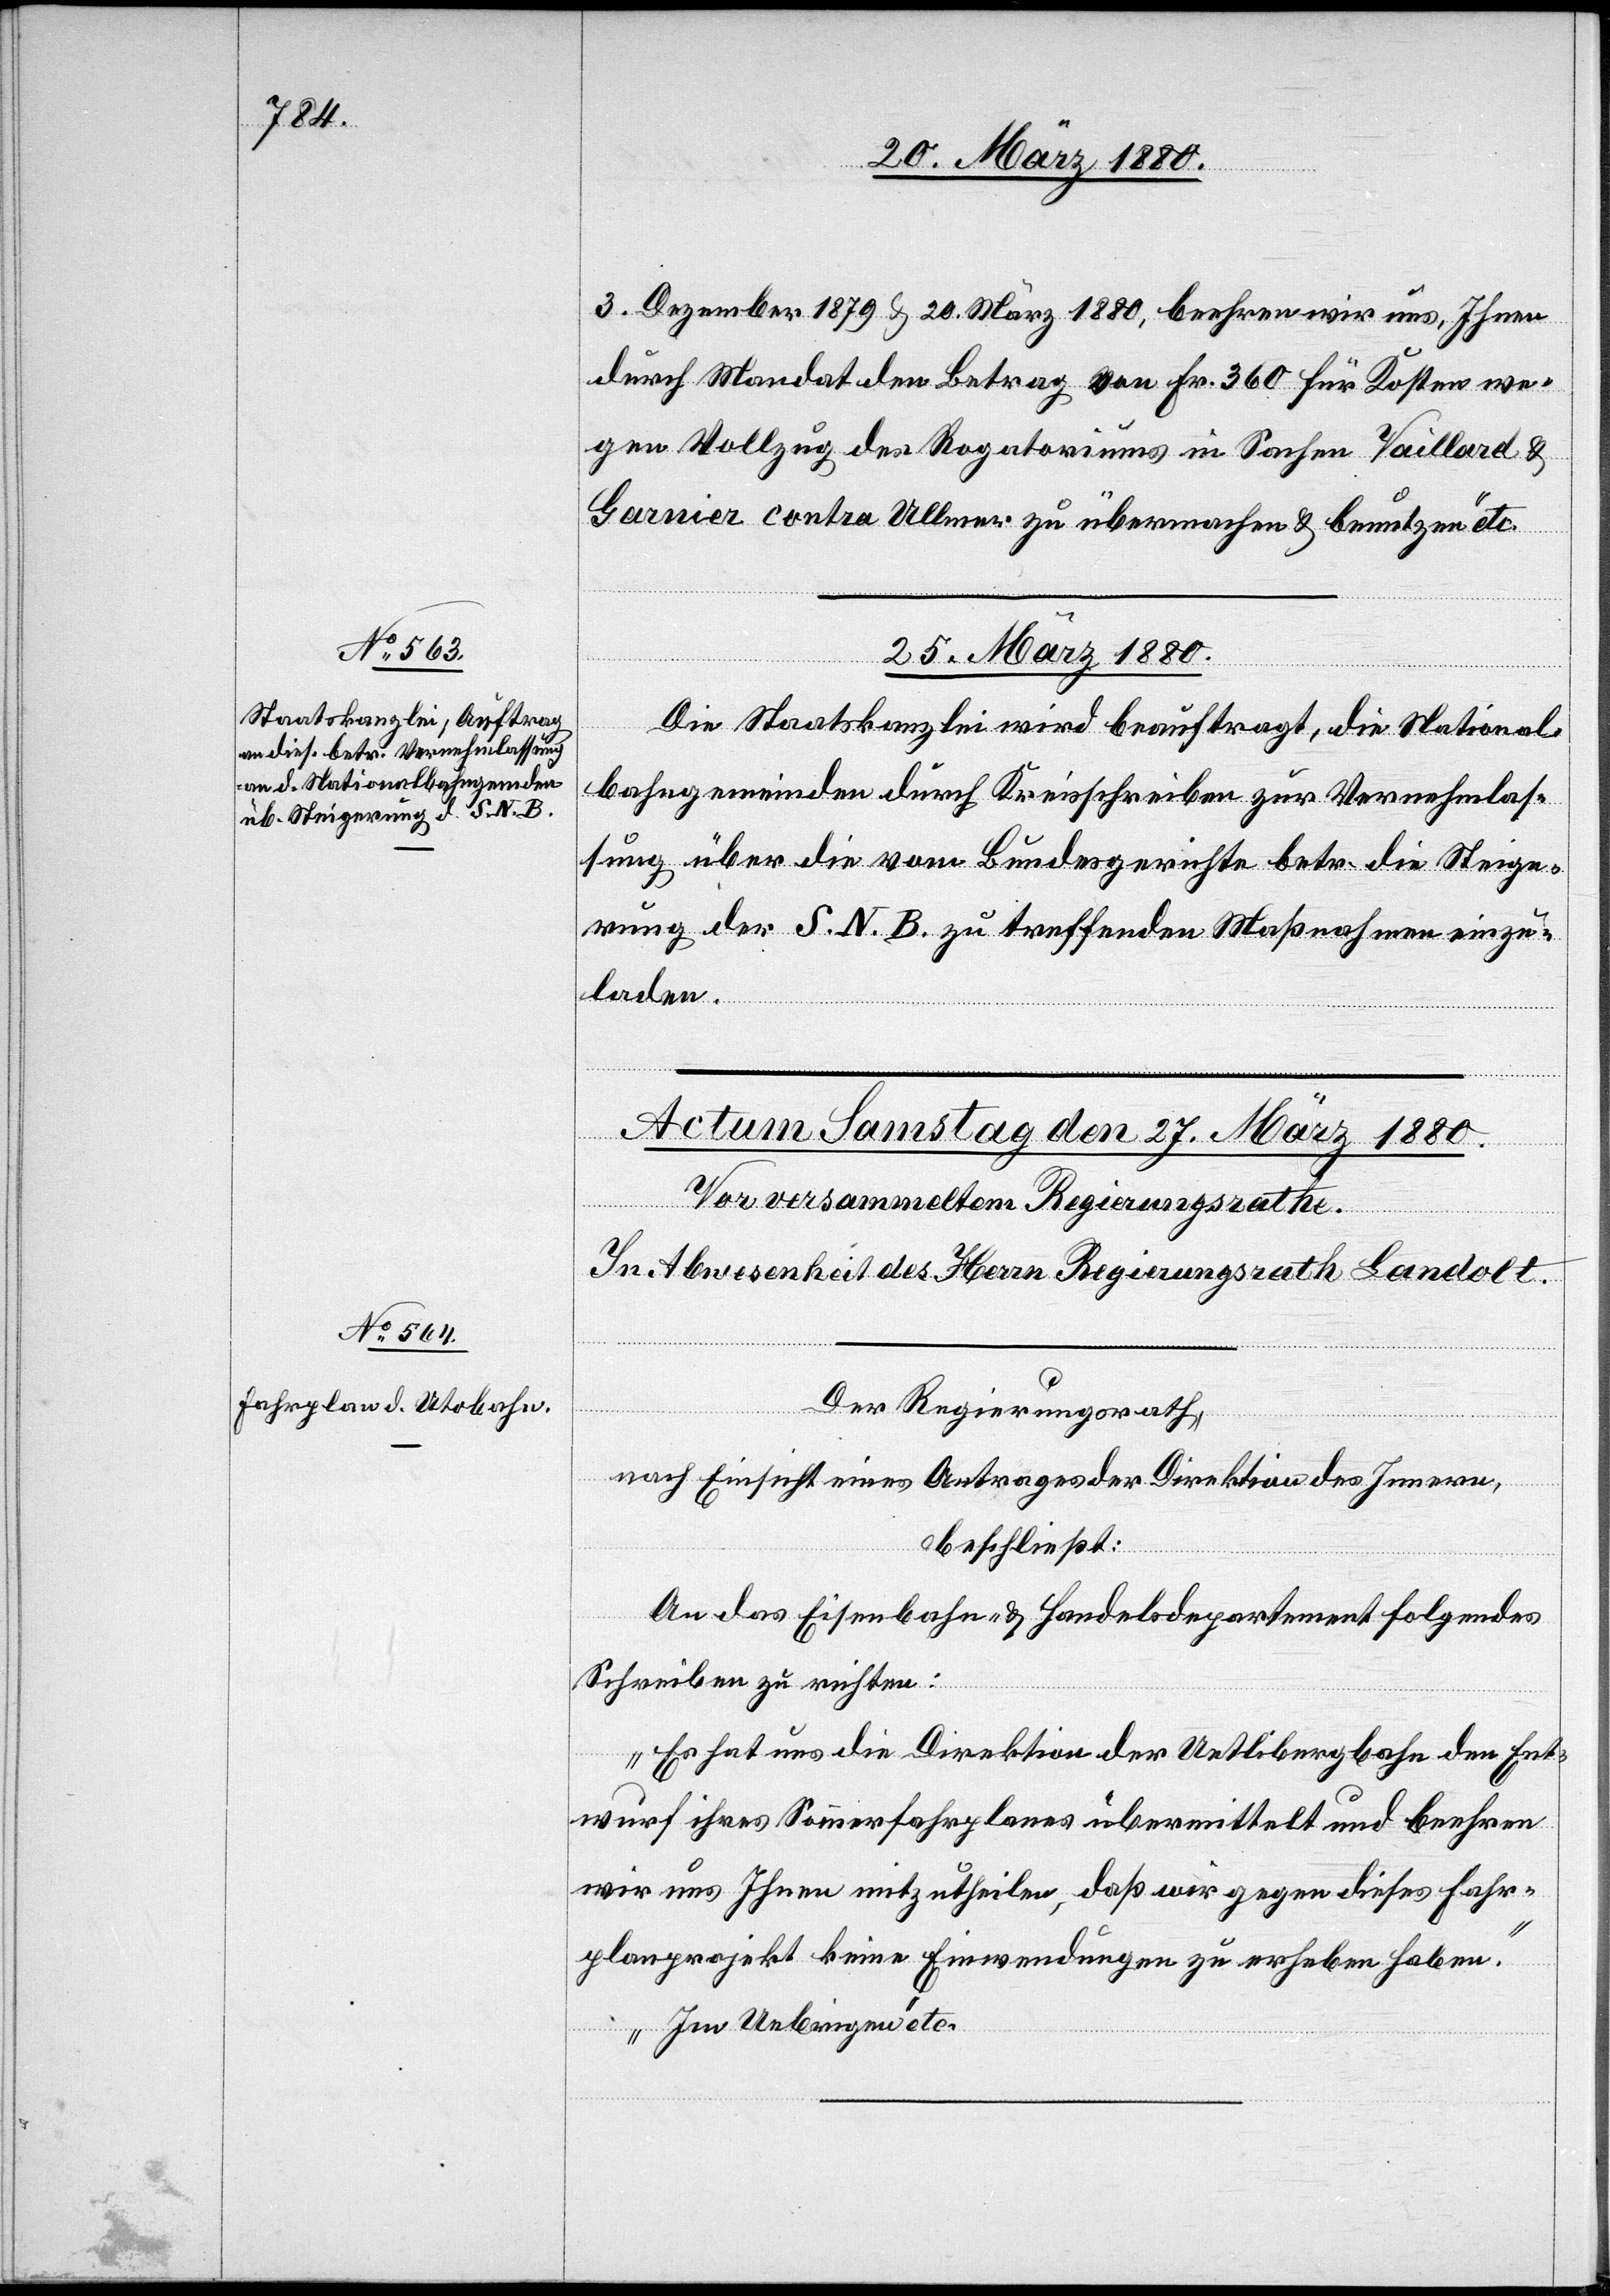
3. Dezember 1879 & 20. März 1880, beehren wir uns, Ihnen
durch Mandat den Betrag von Fr. 360 für Kosten we¬
gen Vollzug des Rogatoriums in Sachen Vaillard &
Garnier contra Ullmer zu übermachen & benutzen“ etc.
25. März 1880.
Die Staatskanzlei wird beauftragt, die National¬
bahngemeinden durch Kreisschreiben zur Vernehmlas¬
sung über die vom Bundesgerichtes betr. die Steige¬
rung der S. N. B. zu treffenden Maßnahmen einzu¬
laden.
Der Regierungsrath,
nach Einsicht eines Antrages der Direktion des Innern,
beschließt:
An das Eisenbahn- & Handelsdepartement folgendes
Schreiben zu richten:
„Es hat uns die Direktion der Uetlibergbahn den Ent¬
wurf ihres Sommerfahrplanes übermittelt und beehren
wir uns Ihnen mitzutheilen, daß wir gegen dieses Fahr¬
planprojekt keine Einwendungen zu erheben haben.“
„Im Uebrigen“ etc.